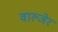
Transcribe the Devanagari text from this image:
वाल्जेर